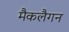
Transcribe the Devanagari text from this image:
मैकलैगन